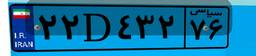
۵۹D۳۱۳۳۴